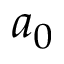
a _ { 0 }